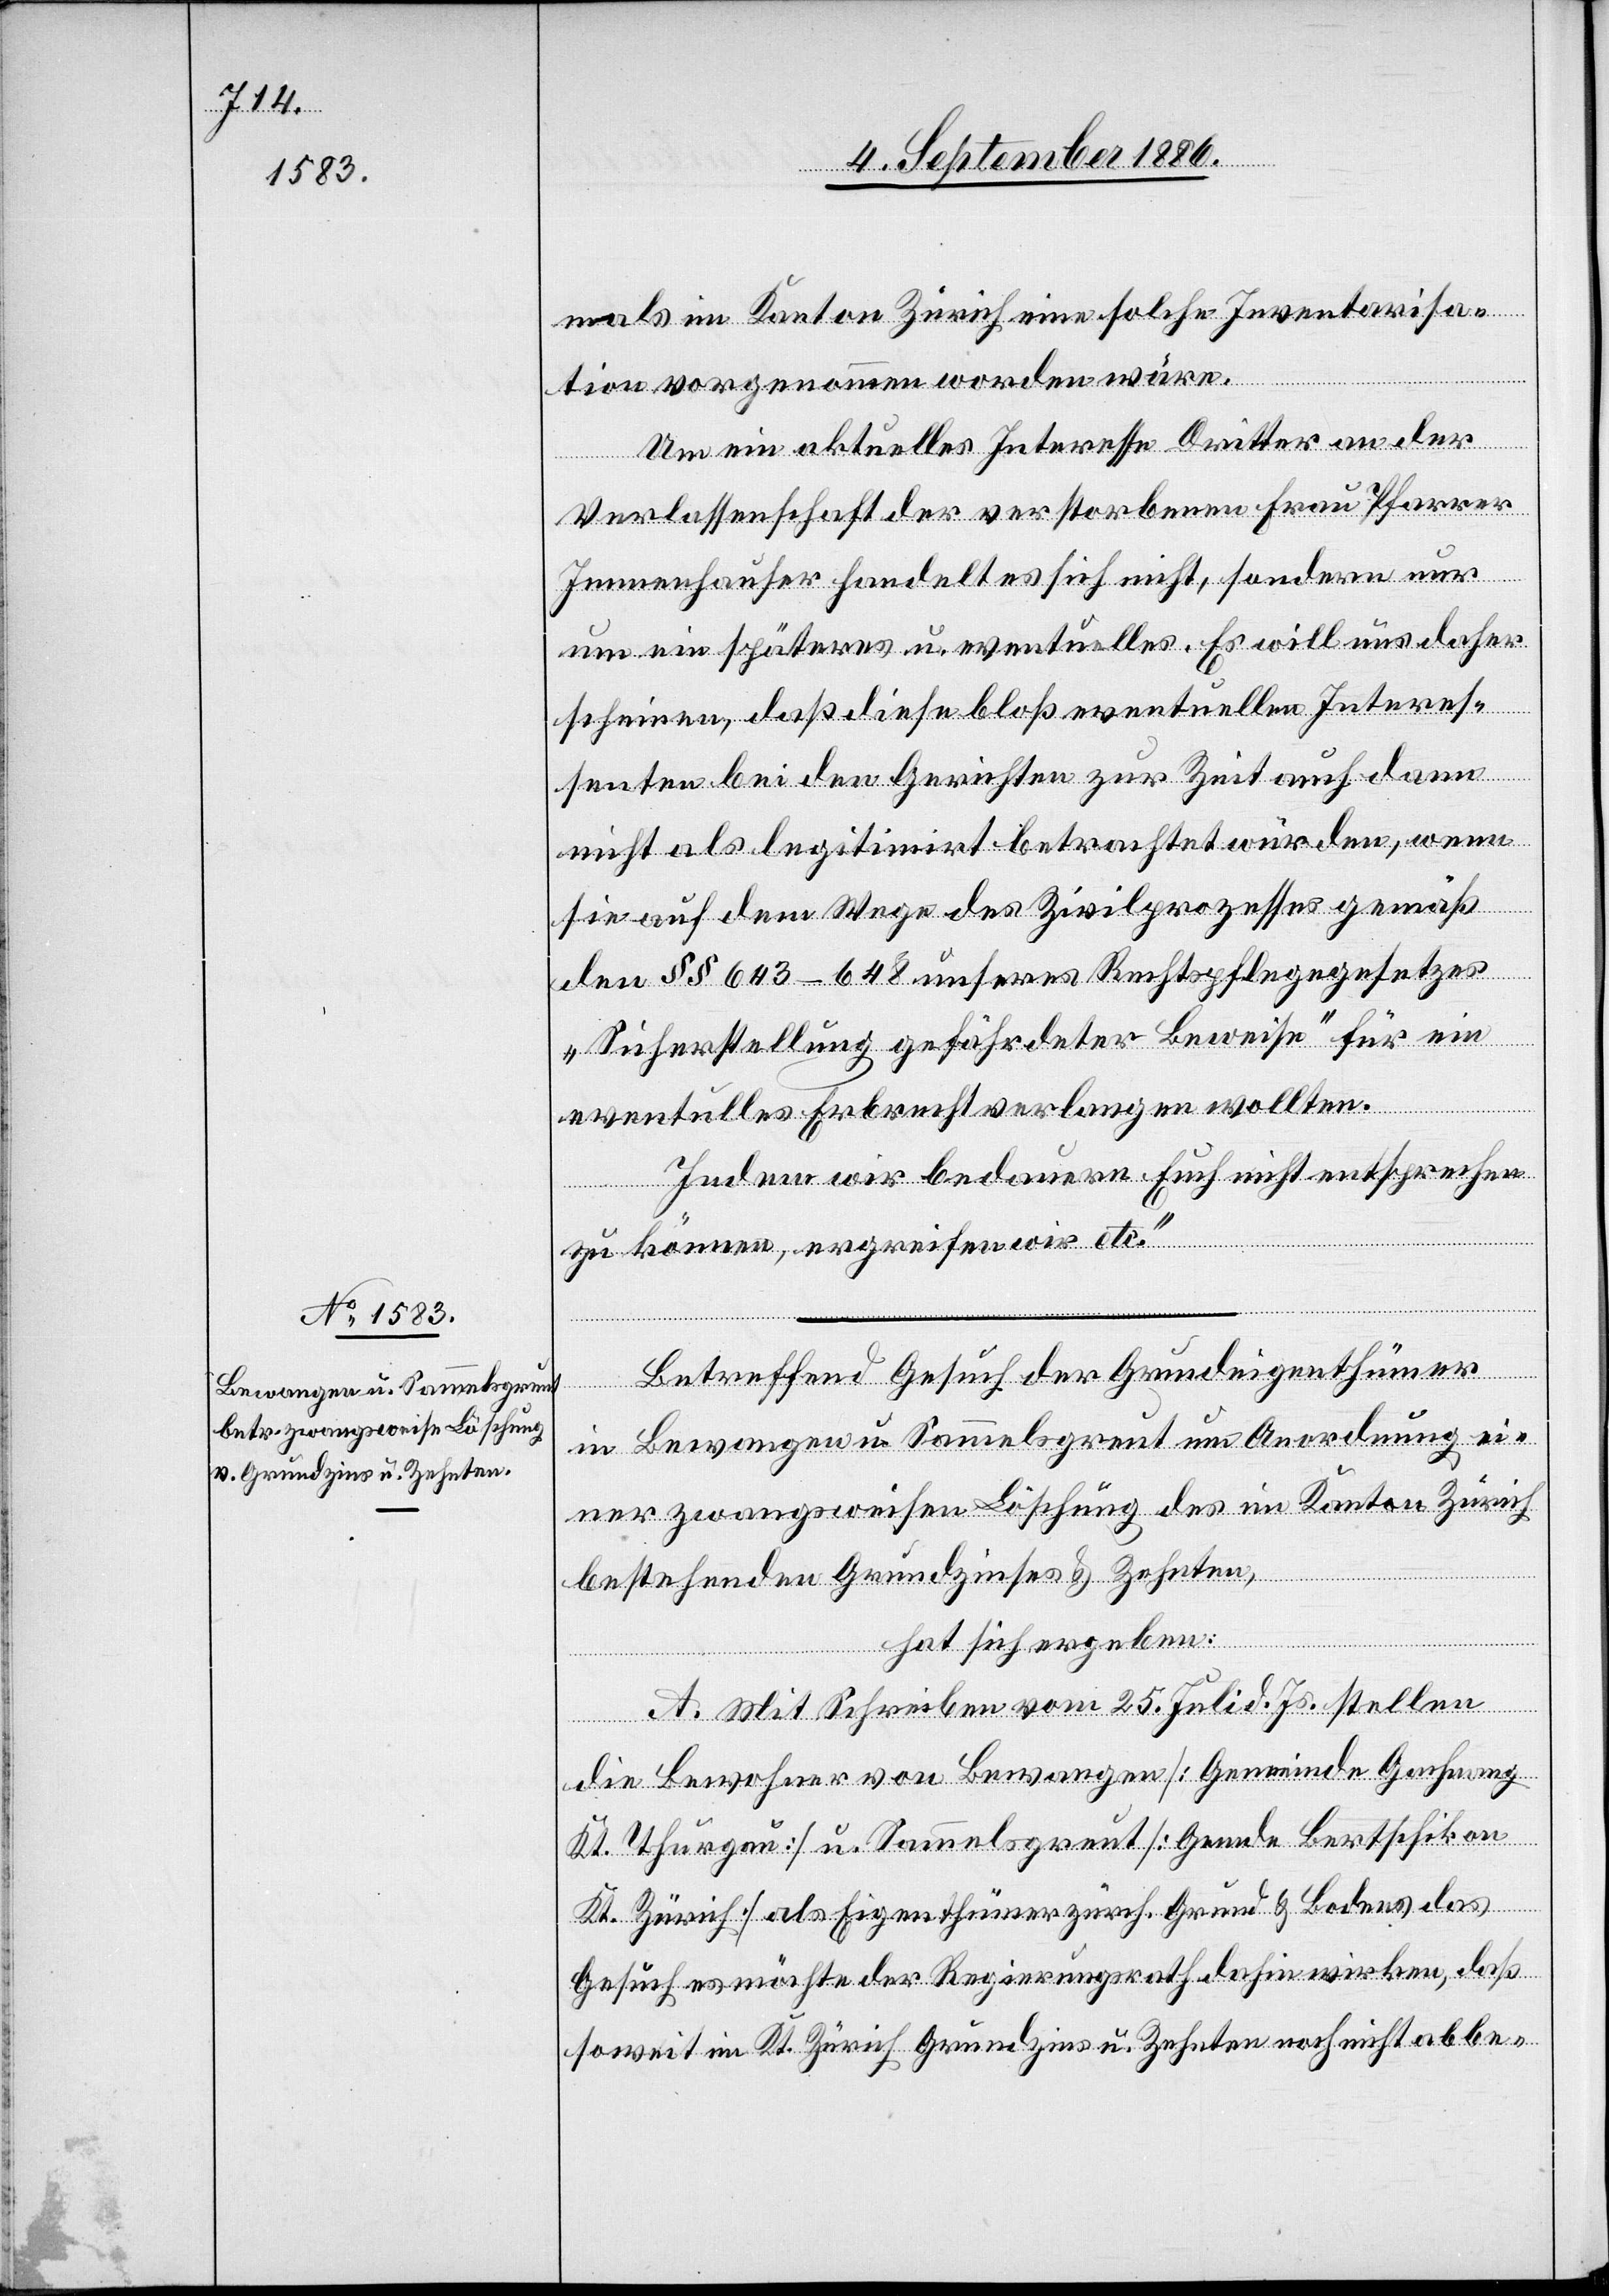
mals im Kanton Zürich eine solche Inventarisa¬
tion vorgenommen worden wäre.
Um ein aktuelles Interesse Dritter an der
Verlassenschaft der verstorbenen Frau Pfarrer
Immenhauser handelt es sich nicht, sondern nur
um ein späteres u. eventuelles. Es will uns daher
scheinen, daß diese bloß eventuellen Interes¬
senten bei den Gerichten zur Zeit auch dann
nicht als legitimirt betrachtet würden, wenn
sie auf dem Wege des Zivilprozesses gemäß
den §§ 643–648 unseres Rechtspflegegesetzes
„Sicherstellung gefährdeter Beweise“ für ein
eventuelles Erbrecht verlangen wollten.
Indem wir bedauern Euch nicht entsprechen
zu können, ergreifen wir etc.“